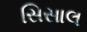
સિસાલ